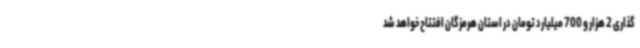
گذاری 2 هزار و 700 میلیارد تومان در استان هرمزگان افتتاح خواهد شد